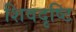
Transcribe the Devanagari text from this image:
शिवदृष्टि